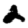
Digit: 2